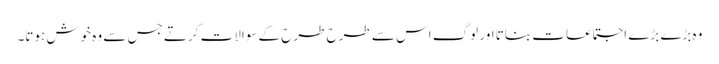
وہ بڑے بڑے اجتماعات بناتا اور لوگ اس سے طرح طرح کے سوالات کرتے جس سے وہ خوش ہوتا۔